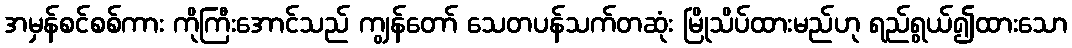
အမှန်စင်စစ်ကား ကိုကြီးအောင်သည် ကျွန်တော် သေတပန်သက်တဆုံး မြိုသိပ်ထားမည်ဟု ရည်ရွယ်၍ထားသော